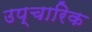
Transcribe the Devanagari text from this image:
उप्चारिक